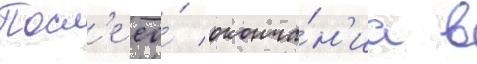
Посл'е ео́ оконча́н'иа в